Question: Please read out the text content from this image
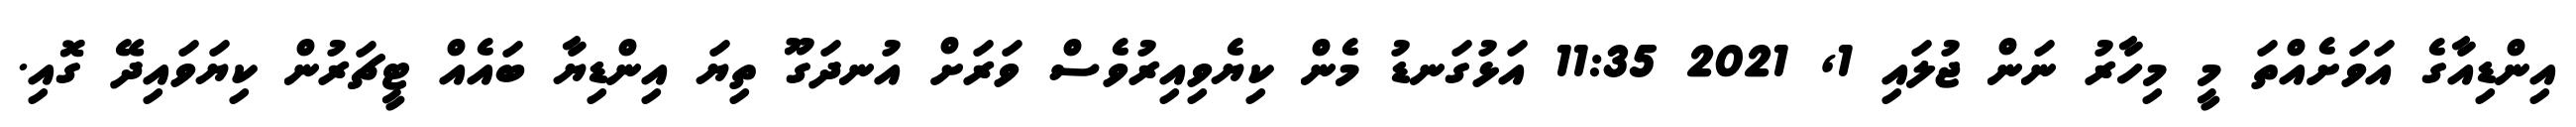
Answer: އިންޑިއާގެ އަވަށެއްތަ މީ މިހާރު ނަން ޖުލައި 1, 2021 11:35 އަޅުގަނޑު މެން ކިޔެވިއިރުވެސް ވަރަށް އުނދަގޫ ތިޔަ އިންޑިޔާ ބައެއް ޓީޗަރުން ކިޔަވައިދޭ ގޮއި.